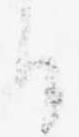
り